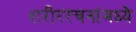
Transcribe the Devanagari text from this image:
शरीररचनांमध्ये